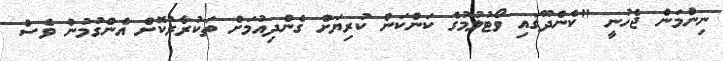
ނިންމަން ޖެހުނީ "ކެންދޫގައި ވޯޓުލުމުގެ ކަންކަން ކުރިޔަށް ގެންދިއުމަށް ތަކުރާރުކޮށް އެންގުމުން ވެސް